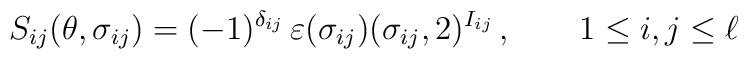
S_{ij}(\theta ,\sigma _{ij})=(-1)^{\delta _{ij}}\,\varepsilon (\sigma_{ij})(\sigma _{ij},2)^{I_{ij}}\,,\qquad 1\leq i,j\leq \ell